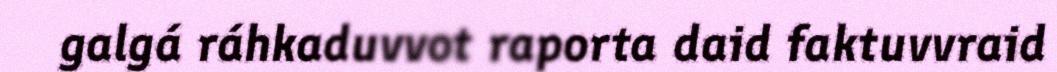
galgá ráhkaduvvot raporta daid faktuvvraid